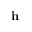
\mathbf { h }